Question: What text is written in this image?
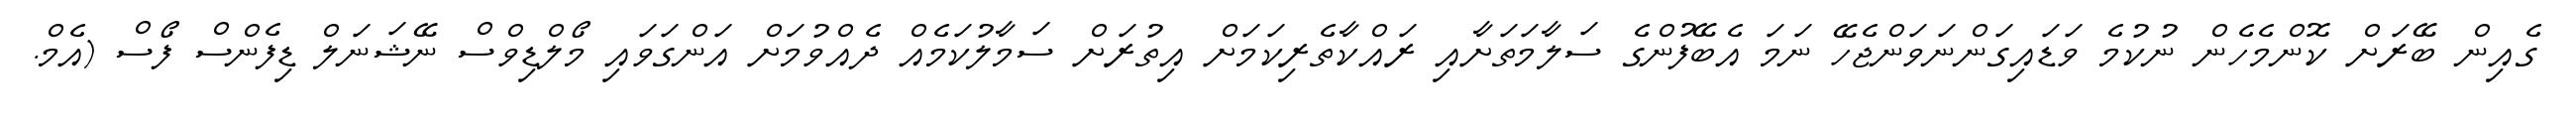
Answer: ގެއިން ބޭރަށް ކޮންމެހެން ނުކުމެ ވަޑައިގަންނަވަންޖެހޭ ނަމަ އެބޭފުންގެ ސަލާމަތަށާއި ރައްކާތެރިކަމަށް އިތުރަށް ސަމާލުކަމެއް ދެއްވުމަށް އަންގަވައި މޯލްޑިވްސް ނޭޝަނަލް ޑިފެންސް ފޯސް (އެމް.